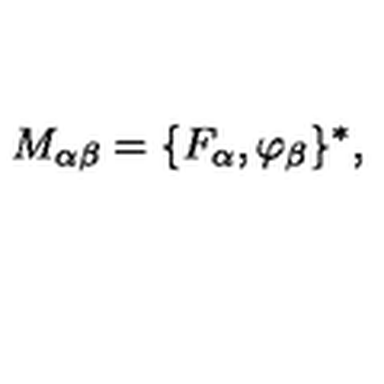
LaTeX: M _ { \alpha \beta } = \{ F _ { \alpha } , \varphi _ { \beta } \} ^ { * } ,